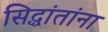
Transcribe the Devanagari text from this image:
सिद्धांतांना